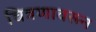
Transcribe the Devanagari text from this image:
चित्रणावरून